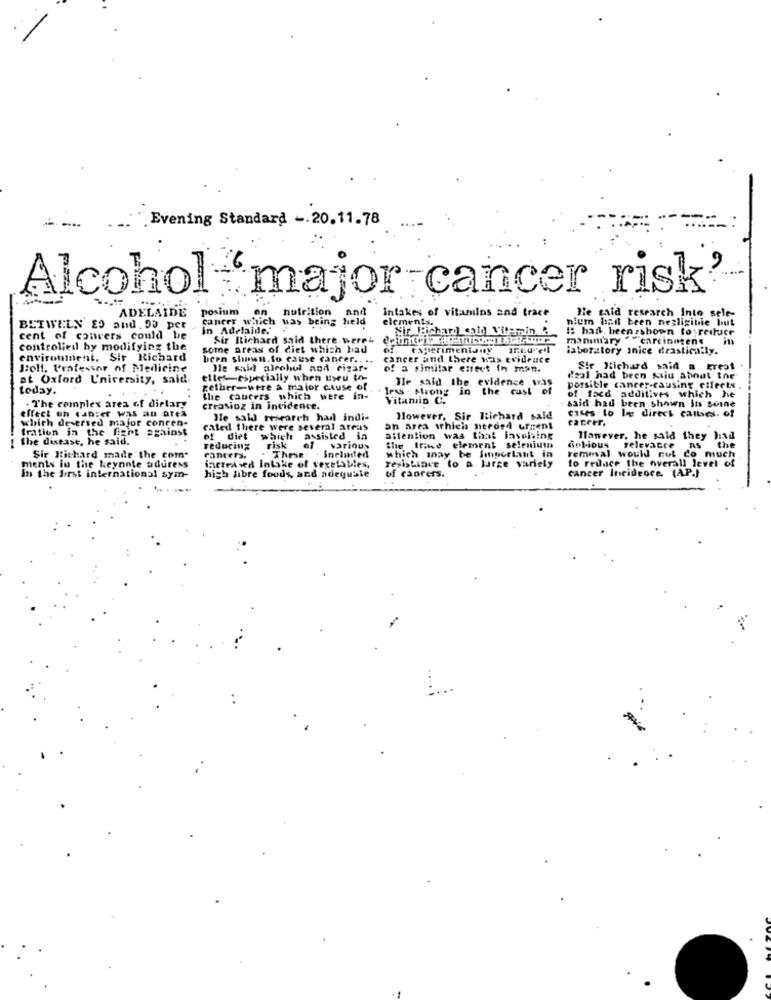
Evening Standard -. 20.11.78
Alcohol major cancer risk
ADELAIDE
posium
on
nutrition
cancer which was being held
and
intakes of vitamins and trace
elements.
nium had been negligible but
He said research into sele-
BETWEEN 80 and. 90 per
in Adelaide."
# had beenshown to reiher
cent of couvers could be
Sir Richard said there werei
manimary"
"carcinogens
controlled by modifying the
some areas of diet which had
experimentamy
laboratory anice drastically.
environinent. Sir Richard
been shown.to cause cancer .. ..
cancer and there was evidence
Boll, Professor of Medicine
He said alcohol and cigar-
of a similar enect in man.
Sir Richard said a great
at Oxford University, said
elles-especially when tyeu to-
Tle said the evidence was
deal had been said about the
today.
gether-were a major cause of
less - strong in the cast of
porsible cancer-causing etferts
of focd additives which he
the cancers which were in-
Vitamin C.
said had been shown in seine
effect uh ranger was an area
. The complex area of dietary
creasing in incidence.
cases to le direct callses. of
which deversed major concen-
Ife said research had indi-
However, Sir Richard sald
cateer,
fration in the fight against
cated there were several areas
an area which needed urgent
the disease, he said.
of diet which assisted la
attention was that involving
the Irine element selenium
Tanever, he said they had
the
-
reducing
risk
These: . Snelunited
which may be finperlant in
removal would not co much
folious selevacce
Sir Richard made the com-
increased Intake of vexeistiles,
cancers.
to reduce the overall level of
ments in the keynote aduress
resistance to a large variety
of caorers.
cancer Incidence. (AP.)
In the first international sym-
high fibre foods, and adequsie